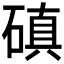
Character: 磌